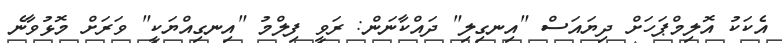
އެކަކު އޮލިމްޕަހަށް ދިޔައަސް "އިނގިލި" ދައްކާނަން: ރަވީ ފިލްމު "އިނގިއްޔަކީ" ވަރަށް މޮޅުވާނެ